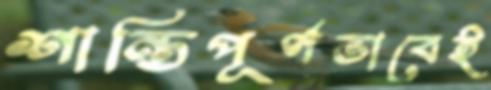
শান্তিপূর্ণভাবেই